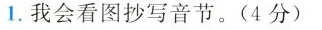
1.我会看图抄写音节。(4分)